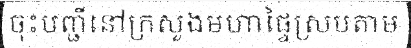
ចុះបញ្ជីនៅក្រសួងមហាផ្ទៃស្របតាម